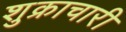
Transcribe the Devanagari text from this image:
शुक्राचारी